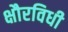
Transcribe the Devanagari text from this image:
क्षौरविधी